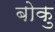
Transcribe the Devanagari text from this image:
बोकु